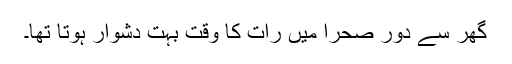
گھر سے دور صحرا میں رات کا وقت بہت دشوار ہوتا تھا۔